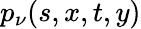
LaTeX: p_{\nu}(s,x,t,y)